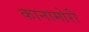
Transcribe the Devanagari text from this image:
कानामोरी